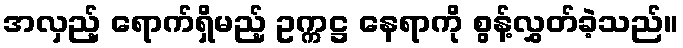
အလှည့် ရောက်ရှိမည့် ဥက္ကဋ္ဌ နေရာကို စွန့်လွှတ်ခဲ့သည်။